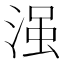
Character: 𣹑